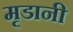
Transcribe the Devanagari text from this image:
मृडानी